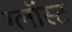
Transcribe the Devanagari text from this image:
ग्लॉस्ट